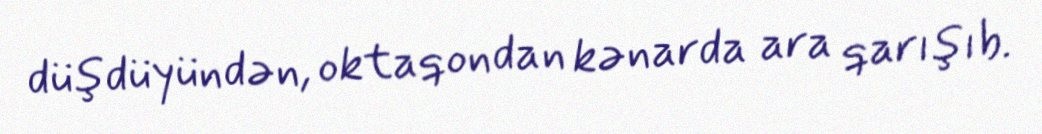
düşdüyündən, oktaqondan kənarda ara qarışıb.